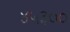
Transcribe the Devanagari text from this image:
४५३००